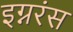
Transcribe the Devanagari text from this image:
इग्नरंस